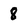
Character: 8